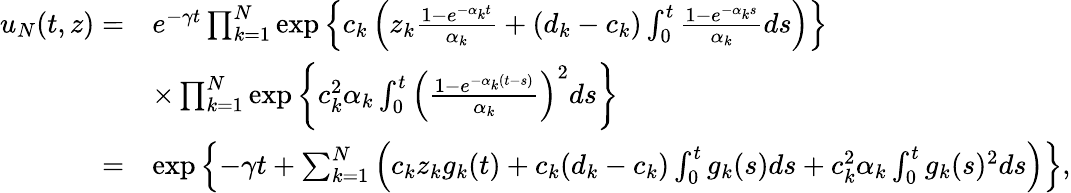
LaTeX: \begin{array}{rl}{u_{N}(t,z)=}&{e^{-\gamma t}\prod_{k=1}^{N}\exp\left\{ c_{k}\left(z_{k}\frac{1-e^{-\alpha_{k}t}}{\alpha_{k}}+(d_{k}-c_{k})\int_{0}^{t}\frac{1-e^{-\alpha_{k}s}}{\alpha_{k}}ds\right)\right\} }\\ &{\times\prod_{k=1}^{N}\exp\left\{ c_{k}^{2}\alpha_{k}\int_{0}^{t}\left(\frac{1-e^{-\alpha_{k}(t-s)}}{\alpha_{k}}\right)^{2}ds\right\} }\\ {=}&{\exp\left\{ -\gamma t+\sum_{k=1}^{N}\left(c_{k}z_{k}g_{k}(t)+c_{k}(d_{k}-c_{k})\int_{0}^{t}g_{k}(s)ds+c_{k}^{2}\alpha_{k}\int_{0}^{t}g_{k}(s)^{2}ds\right)\right\} ,}\end{array}